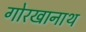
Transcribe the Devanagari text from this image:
गोरखानाथ